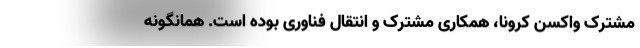
مشترک واکسن کرونا، همکاری مشترک و انتقال فناوری بوده است. همانگونه